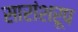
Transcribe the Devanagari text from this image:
सारांशरूप